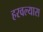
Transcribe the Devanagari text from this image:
हरवल्यास